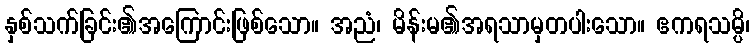
နှစ်သက်ခြင်း၏အကြောင်းဖြစ်သော။ အညံ၊ မိန်းမ၏အရသာမှတပါးသော။ ဧကရသမ္ပိ၊